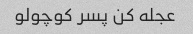
عجله کن پسر کوچولو